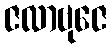
ဇလာဗုဇေ